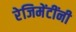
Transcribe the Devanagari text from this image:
रेजिमेंटींनी